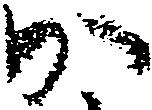
か